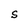
Character: S